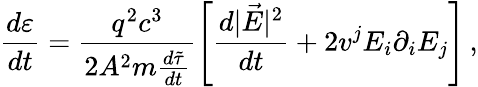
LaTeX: \frac{d\varepsilon}{dt}=\frac{q^{2}c^{3}}{2A^{2}m{\frac{d\tilde{\tau}}{dt}}}\left[\frac{d|\vec{E}|^{2}}{dt}+2v^{j}E_{i}\partial_{i}E_{j}\right]\, {,}